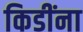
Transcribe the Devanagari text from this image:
किडींना